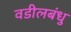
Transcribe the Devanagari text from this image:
वडीलबंधु